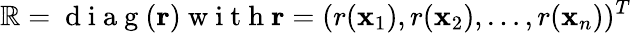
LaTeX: \mathbb{R}=\mathrm{{~d~i~a~g~}}(\mathbf{{r}})\mathrm{{~w~i~t~h~}}\mathbf{{r}}=(r(\mathbf{{x}}_{1}),r(\mathbf{{x}}_{2}),\ldots,r(\mathbf{{x}}_{n}))^{T}